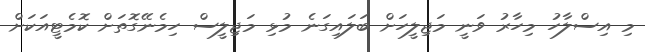
މި އިސްލާހު މިހާރު ވަނީ މަޖިލީހަށް ބަލައިގަނެ މުޅި މަޖިލީސް ހިމެނޭގޮތަށް ކޮމެޓީއަކަށް